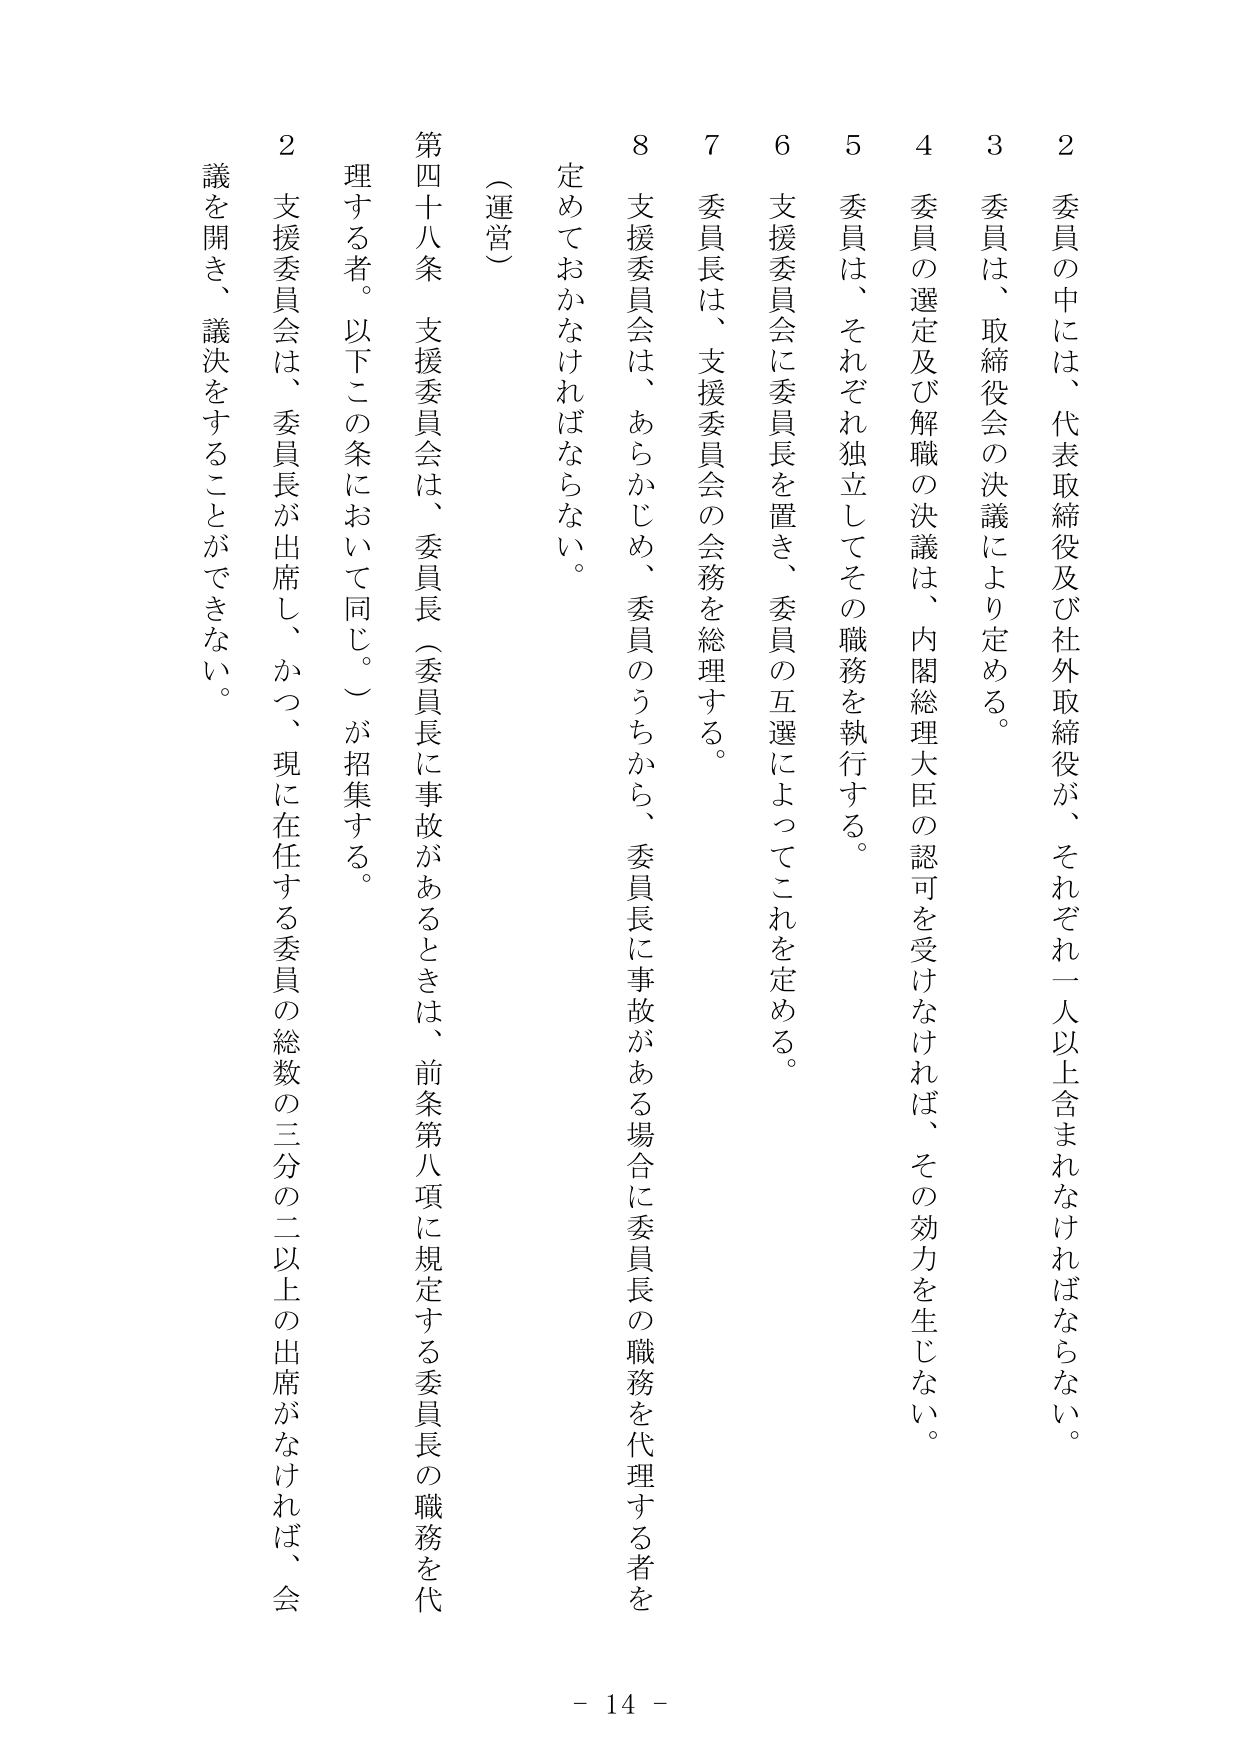
2 委員の中には、代表取締役及び社外取締役が、それぞれ一人以上含まれなければならない。

3 委員は、取締役会の決議により定める。

4 委員の選定及び解職の決議は、内閣総理大臣の認可を受けなければ、その効力を生じない。

5 委員は、それぞれ独立してその職務を執行する。

6 支援委員会に委員長を置き、委員の互選によってこれを定める。

7 委員長は、支援委員会の会務を総理する。

8 支援委員会は、あらかじめ、委員のうちから、委員長に事故がある場合に委員長の職務を代理する者を定めておかなければならない。

（運営）

第四十八条 支援委員会は、委員長（委員長に事故があるときは、前条第八項に規定する委員長の職務を代理する者。以下この条において同じ。）が招集する。

2 支援委員会は、委員長が出席し、かつ、現在在任する委員の総数の三分の二以上の出席がなければ、会議を開き、議決をすることができない。

- 14 -